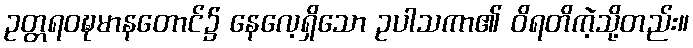
ဥတ္တရဝဍ္ဎမာနတောင်၌ နေလေ့ရှိသော ဥပါသကာ၏ ဝိရတိကဲ့သို့တည်း။